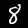
Digit: 8